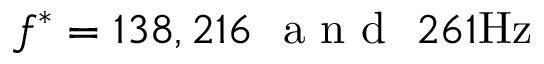
f ^ { * } = 1 3 8 , 2 1 6 ~ \mathrm { ~ a ~ n ~ d ~ } ~ 2 6 1 \mathrm { H z }